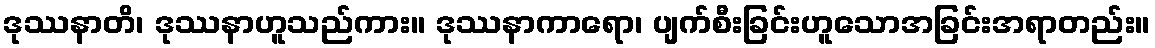
ဒုဿနာတိ၊ ဒုဿနာဟူသည်ကား။ ဒုဿနာကာရော၊ ပျက်စီးခြင်းဟူသောအခြင်းအရာတည်း။